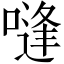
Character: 𰈨